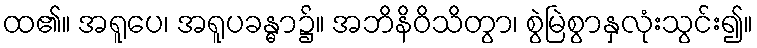
ထ၏။ အရူပေ၊ အရူပခန္ဓာ၌။ အဘိနိဝိသိတွာ၊ စွဲမြဲစွာနှလုံးသွင်း၍။